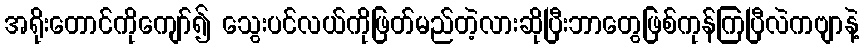
အရိုးတောင်ကိုကျော်၍ သွေးပင်လယ်ကိုဖြတ်မည်တဲ့လားဆိုပြီးဘာတွေဖြစ်ကုန်ကြပြီလဲကဗျာနဲ့